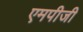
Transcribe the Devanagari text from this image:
एमपीजी